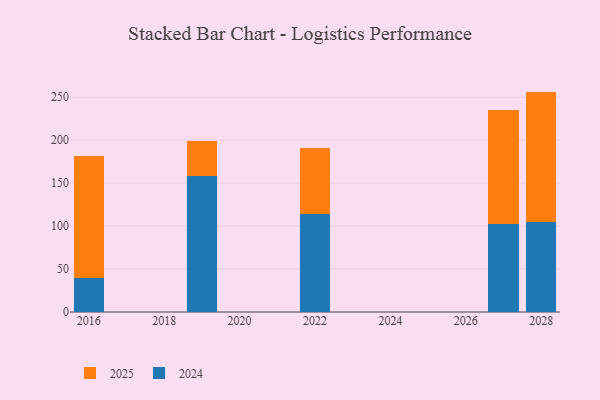
{"axis": {"x": "Year", "y": "Revenue (USD Million)"}, "legend": ["2024", "2025"], "data": [{"x": "2019", "y": 40.9, "type": "2025"}, {"x": "2019", "y": 158.5, "type": "2024"}, {"x": "2027", "y": 132.4, "type": "2025"}, {"x": "2027", "y": 103.0, "type": "2024"}, {"x": "2022", "y": 76.8, "type": "2025"}, {"x": "2022", "y": 113.8, "type": "2024"}, {"x": "2016", "y": 142.4, "type": "2025"}, {"x": "2016", "y": 39.4, "type": "2024"}, {"x": "2028", "y": 151.2, "type": "2025"}, {"x": "2028", "y": 105.3, "type": "2024"}]}